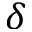
\delta